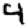
Digit: 4